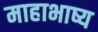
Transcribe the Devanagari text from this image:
माहाभाष्य